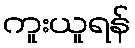
ကူးယူရန်